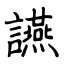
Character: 讌